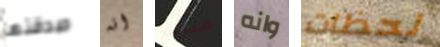
صدقتها انه متألم وانه لحظات